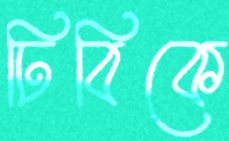
ঢিবিকে